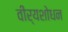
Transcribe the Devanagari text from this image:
वीर्यशोधन